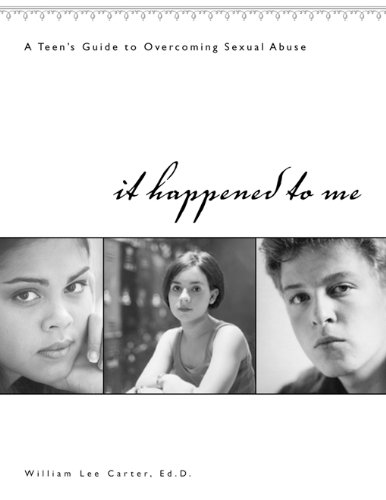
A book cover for It Happened to Me: A Teen's Guide to Overcoming Sexual Abuse (workbook); William Lee Carter; Parenting & Relationships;